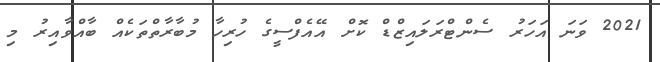
2021 ވަނަ އަހަރު ސެންޓްރަލައިޒްޑް ކޮށް އޭއެފްސީގެ ހުރިހާ މުބާރާތްތަކެއް ބާއްވާއިރު މި